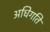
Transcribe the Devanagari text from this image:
अधिगति